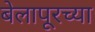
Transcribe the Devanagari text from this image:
बेलापूरच्या